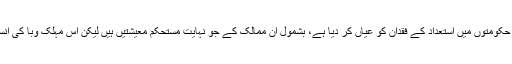
اب یہ امر خاصا واضح ہو گیا ہے کہ کرونا وائرس کے پھیلاؤ نے دنیا بھر میں حکومتوں میں استعداد کے فقدان کو عیاں کر دیا ہے، بشمول ان ممالک کے جو نہایت مستحکم معیشتیں ہیں لیکن اس مہلک وبا کی انسداد میں قابلِ تحسین یا یہاں تک کہ اطمینان بخش نتائج دینے سے بھی قاصر ہیں۔